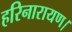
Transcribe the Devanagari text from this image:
हरिनारायण।